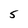
Character: 5